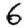
Digit: 6